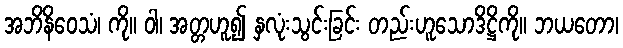
အဘိနိဝေသံ၊ ကို။ ဝါ၊ အတ္တဟူ၍ နှလုံးသွင်းခြင်း တည်းဟူသောဒိဋ္ဌိကို။ ဘယတော၊